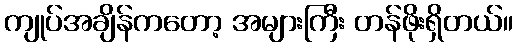
ကျုပ်အချိန်ကတော့ အများကြီး တန်ဖိုးရှိတယ်။